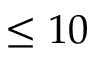
\leq 1 0